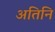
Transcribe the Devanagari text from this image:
अतिनि